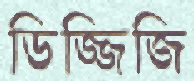
ডিজ্জিজি